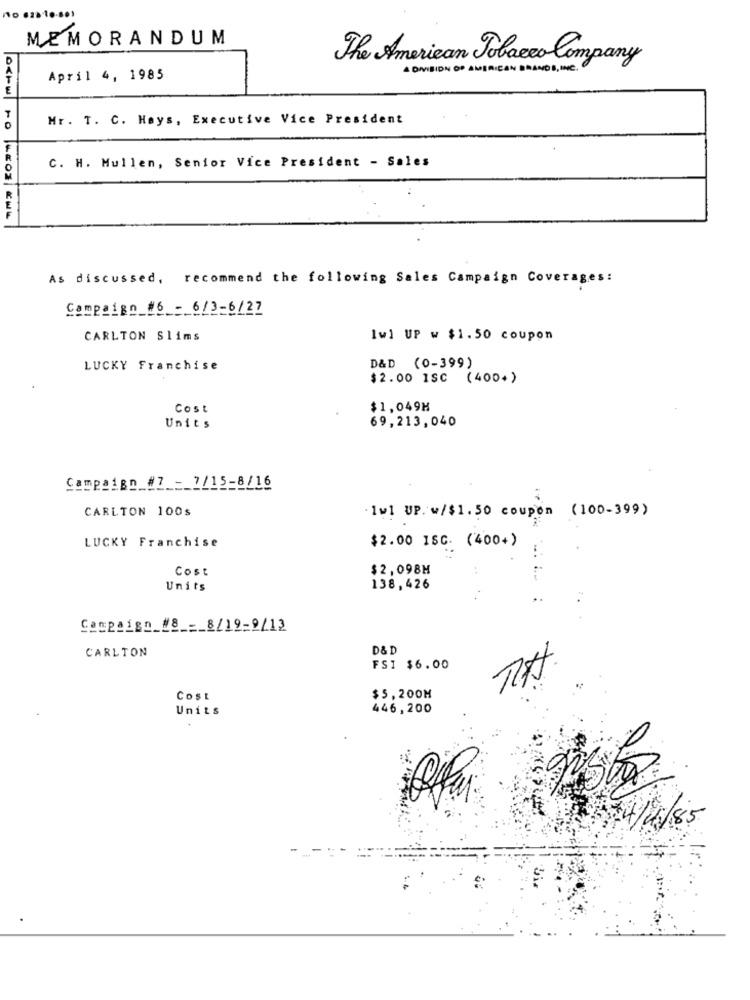
MEMORANDUM
The American Tobacco Company
A DIVISION OF AMERICAN BRANDS, ME.
April 4, 1985
Mr. T. C. Heys, Executive Vice President
C. H. Mullen, Senior Vice President - Sales
As discussed, recommend the following Sales Campaign Coverages:
Campaign #6 - 6/3-6/27
CARLTON Slims
1w1 UP w $1.50 coupon
LUCKY Franchise
D&D (0-399)
$2.00 ISC (400+)
Cost
$1,049M
Units
69,213,040
Campaign_#7 ___ 7/15-8/16
CARLTON 100s
Iwl UP. w/$1.50 coupon (100-399)
LUCKY Franchise
$2.00 ISC. (400+)
Cost
$2,098M
Units
138,426
Campaign_#8 ___ 8/19-9/12
CARLTON
D& D
FSI $6.00
COSE
$5,200M
Units
446,200